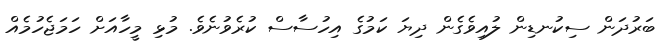
ބަރުދަން ސިކުނޑިން ލުއިވެގެން ދިޔަ ކަމުގެ އިހުސާސް ކުރެވުނެވެ. މުޅި މީހާއަށް ހަމަޖެހުމެއް